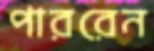
পাররেন